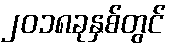
၂၀၁၈ခုနှစ်တွင်